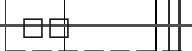
٢٥